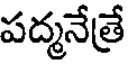
పద్మనేత్రే